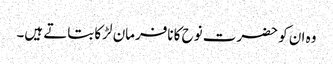
وہ ان کو حضرت نوح کا نافرمان لڑکا بتاتے ہیں۔